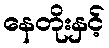
နေတိုးနှင့်